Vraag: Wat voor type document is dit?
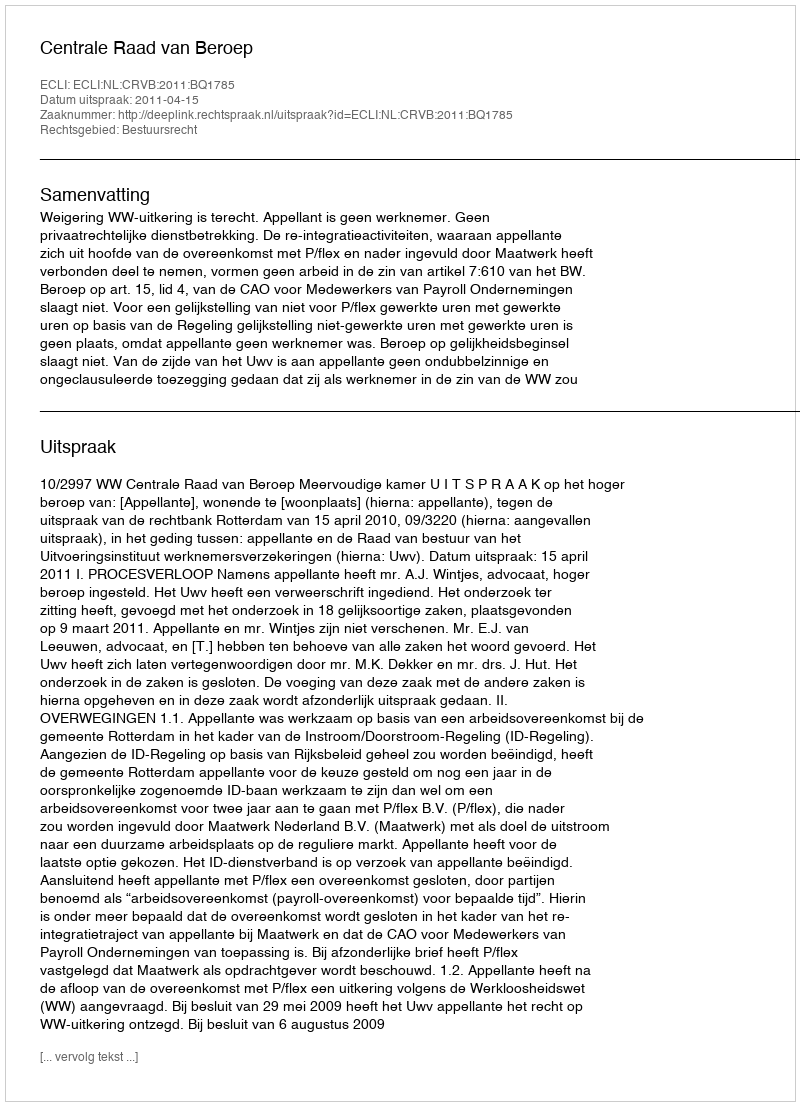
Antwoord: Uitspraak